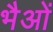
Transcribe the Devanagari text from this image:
भैओं